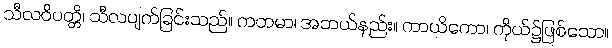
သီလဝိပတ္တိ၊ သီလပျက်ခြင်းသည်။ ကတမာ၊ အဘယ်နည်း။ ကာယိကော၊ ကိုယ်၌ဖြစ်သော။